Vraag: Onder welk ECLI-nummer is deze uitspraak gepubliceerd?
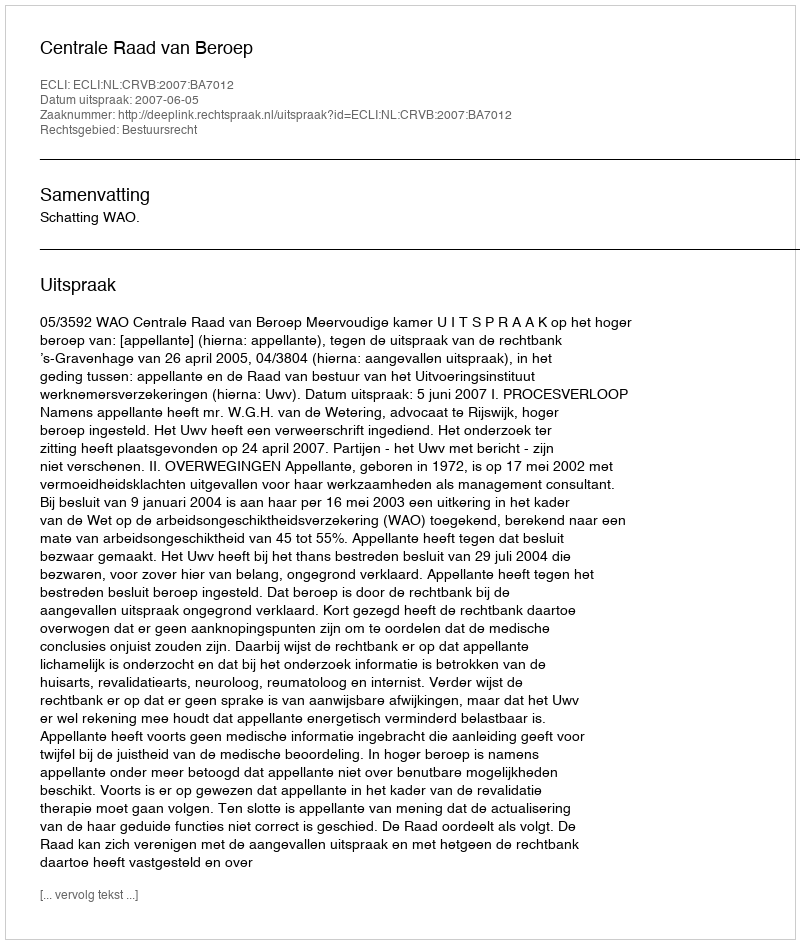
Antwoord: ECLI:NL:CRVB:2007:BA7012